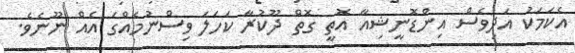
އެކަމަކު އަދިވެސް އިންޑޮނީޝިއާ އޮތީ ގޮތް ދޫކުރާ ކަހަލަ ވިސްނުމެއްގަ އެއް ނޫނެވެ.